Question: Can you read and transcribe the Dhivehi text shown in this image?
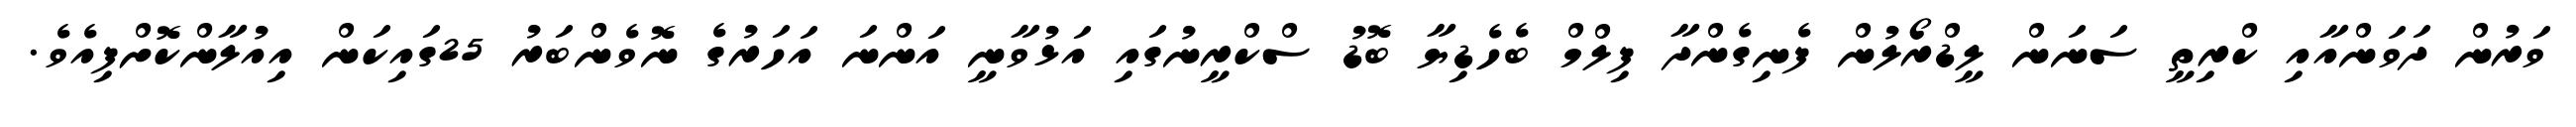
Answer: ވަރުން ދަވަންއާއި ކްރިތީ ސަނަން ލީޑްރޯލުން ފެނިގެންދާ ފިލްމް ބެހެޑިޔާ ބޮޑު ސްކްރީނުގައި އަޅުވާނީ އަންނަ އަހަރުގެ ނޮވެންބަރު 25ގައިކަން އިއުލާންކޮށްފިއެވެ.